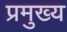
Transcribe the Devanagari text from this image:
प्रमुख्‍य